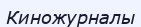
Киножурналы